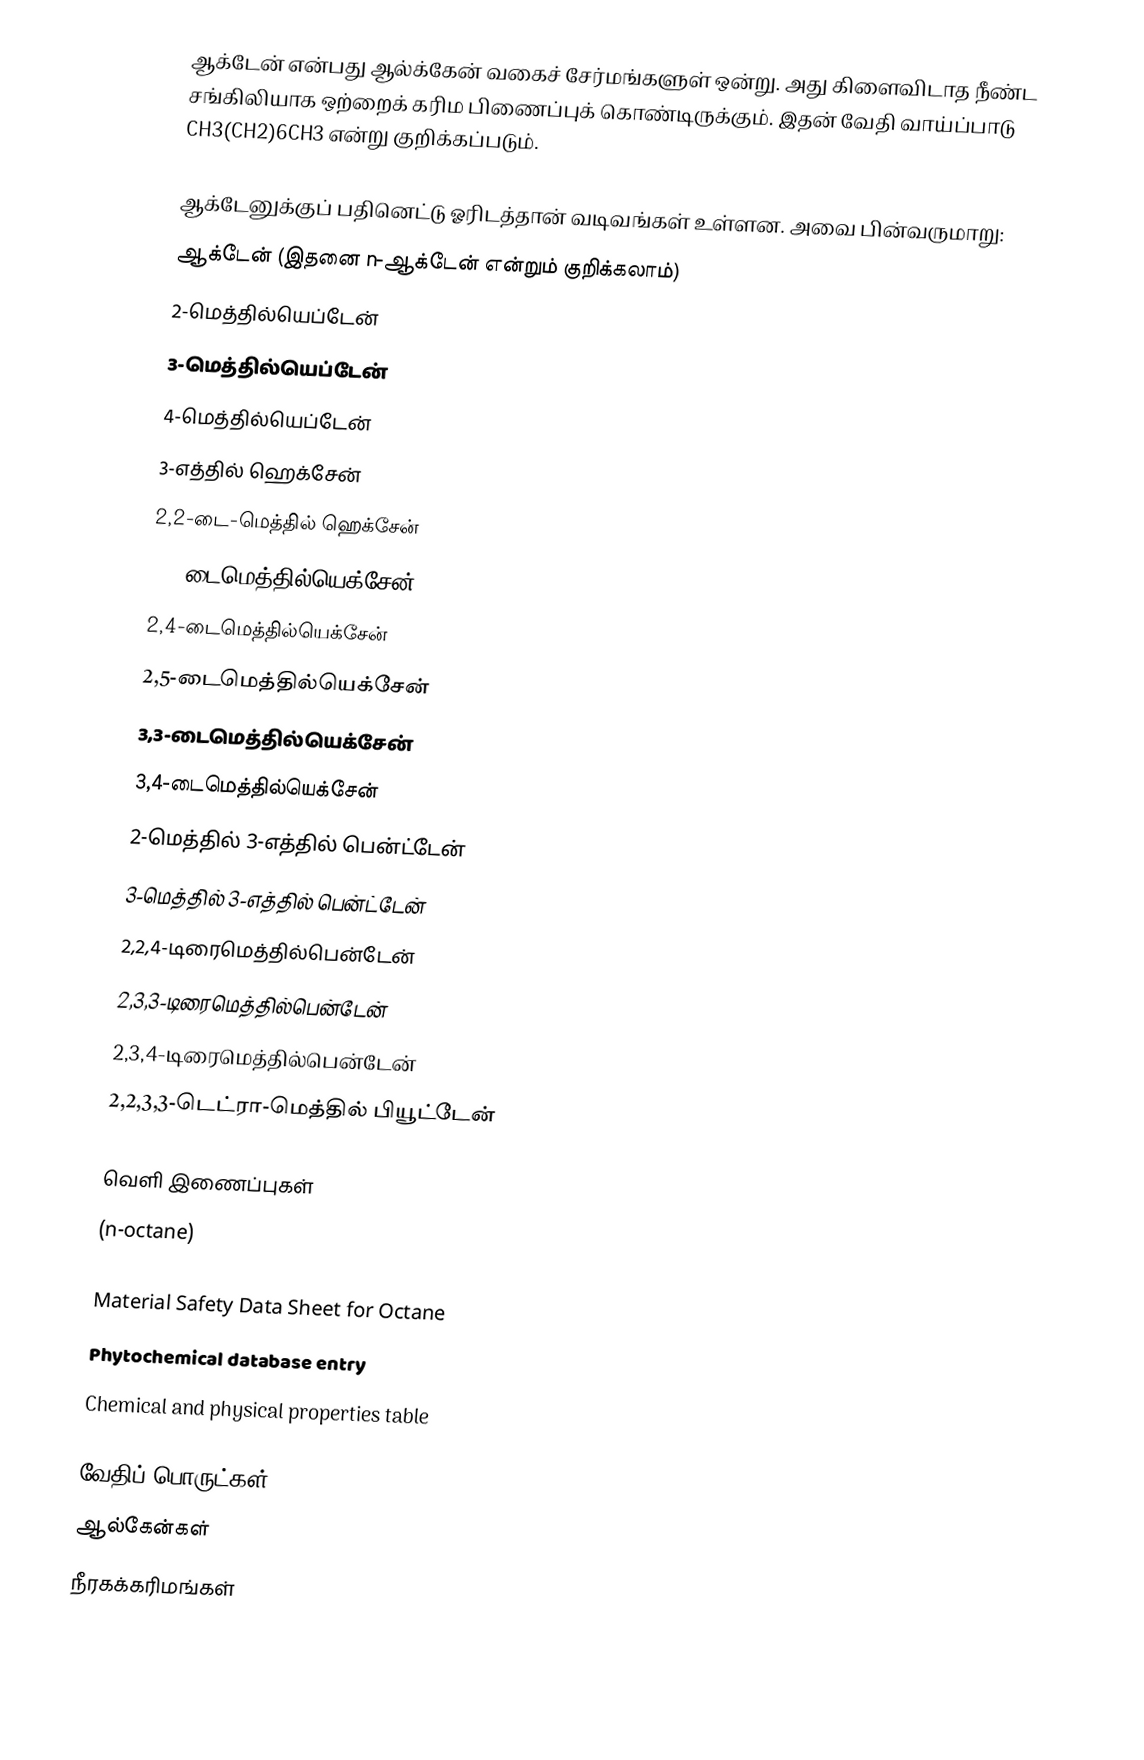
ஆக்டேன் என்பது ஆல்க்கேன் வகைச் சேர்மங்களுள் ஒன்று. அது கிளைவிடாத  நீண்ட சங்கிலியாக ஒற்றைக் கரிம பிணைப்புக் கொண்டிருக்கும். இதன் வேதி வாய்ப்பாடு CH3(CH2)6CH3 என்று குறிக்கப்படும்.

ஆக்டேனுக்குப் பதினெட்டு ஓரிடத்தான் வடிவங்கள் உள்ளன. அவை பின்வருமாறு:
 ஆக்டேன் (இதனை n-ஆக்டேன் என்றும் குறிக்கலாம்)
 2-மெத்தில்யெப்டேன்
 3-மெத்தில்யெப்டேன்
 4-மெத்தில்யெப்டேன்
 3-எத்தில் ஹெக்சேன்
 2,2-டை-மெத்தில் ஹெக்சேன்
 2,3-டைமெத்தில்யெக்சேன்
 2,4-டைமெத்தில்யெக்சேன்
 2,5-டைமெத்தில்யெக்சேன்
 3,3-டைமெத்தில்யெக்சேன்
 3,4-டைமெத்தில்யெக்சேன்
 2-மெத்தில் 3-எத்தில் பென்ட்டேன்
 3-மெத்தில் 3-எத்தில் பென்ட்டேன்
 2,2,4-டிரைமெத்தில்பென்டேன்
 2,3,3-டிரைமெத்தில்பென்டேன்
 2,3,4-டிரைமெத்தில்பென்டேன்
 2,2,3,3-டெட்ரா-மெத்தில் பியூட்டேன்

வெளி இணைப்புகள்
  (n-octane)

 Material Safety Data Sheet for Octane
 Phytochemical database entry
 Chemical and physical properties table

வேதிப் பொருட்கள்
ஆல்கேன்கள்
நீரகக்கரிமங்கள்